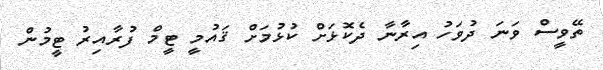
ތޭވީސް ވަނަ ދުވަހު އިރާނާ ދެކޮޅަށް ކުޅުމަށް ޤައުމީ ޓީމް ފުރާއިރު ޓީމުން